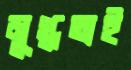
মুগ্ধতাই